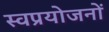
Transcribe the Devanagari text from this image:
स्वप्रयोजनों